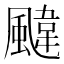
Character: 颹